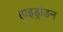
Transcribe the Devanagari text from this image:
हाइड्रोडन